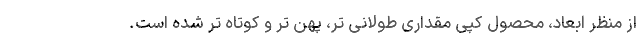
از منظر ابعاد، محصول کپی مقداری طولانی تر، پهن تر و کوتاه تر شده است.